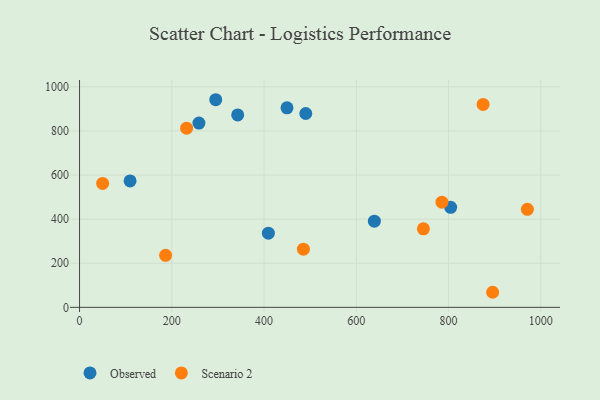
{"axis": {"x": "Investment", "y": "Fuel Efficiency"}, "legend": ["Observed", "Scenario 2"], "data": [{"x": "490.4", "y": 879.2, "type": "Observed"}, {"x": "639.1", "y": 391.0, "type": "Observed"}, {"x": "109.5", "y": 573.4, "type": "Observed"}, {"x": "258.8", "y": 835.6, "type": "Observed"}, {"x": "409.3", "y": 336.6, "type": "Observed"}, {"x": "449.7", "y": 904.9, "type": "Observed"}, {"x": "342.8", "y": 872.6, "type": "Observed"}, {"x": "295.2", "y": 941.7, "type": "Observed"}, {"x": "804.5", "y": 453.8, "type": "Observed"}, {"x": "232.1", "y": 812.8, "type": "Scenario 2"}, {"x": "970.8", "y": 444.4, "type": "Scenario 2"}, {"x": "785.6", "y": 477.2, "type": "Scenario 2"}, {"x": "874.8", "y": 920.4, "type": "Scenario 2"}, {"x": "485.3", "y": 263.6, "type": "Scenario 2"}, {"x": "50.0", "y": 562.1, "type": "Scenario 2"}, {"x": "186.5", "y": 235.9, "type": "Scenario 2"}, {"x": "745.4", "y": 356.2, "type": "Scenario 2"}, {"x": "895.5", "y": 68.3, "type": "Scenario 2"}]}